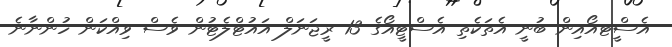
އެސްީޓއޯއިން ބުނީ އެތަކެތި އެސްޓީއޯގެ 13 ރީޖަނަލް އައުޓްލެޓުން ވެސް ވިއްކަން ހުންނާނެ